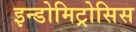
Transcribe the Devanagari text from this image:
इन्डोमिट्रोसिस